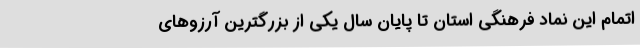
اتمام این نماد فرهنگی استان تا پایان سال یکی از بزرگترین آرزوهای